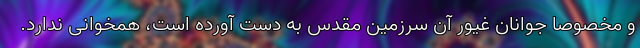
و مخصوصاً جوانان غیور آن سرزمین مقدس به دست آورده است، همخوانی ندارد.